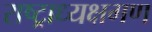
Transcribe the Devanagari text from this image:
राष्ट्राध्यक्षगण